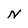
Character: N